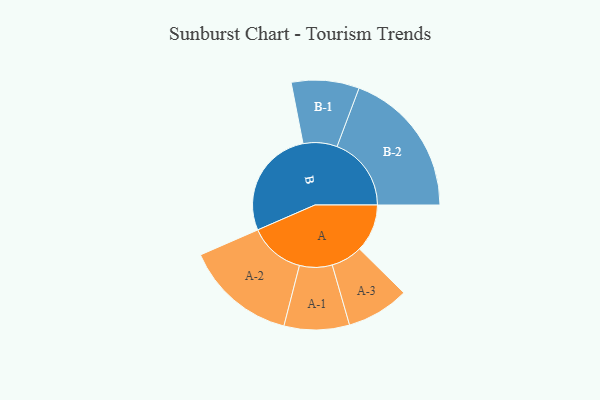
{"axis": {"x": "Segment", "y": "Value"}, "legend": ["", "A", "B"], "data": [{"x": "A", "y": 186, "type": ""}, {"x": "B", "y": 427, "type": ""}, {"x": "A-1", "y": 127, "type": "A"}, {"x": "A-2", "y": 217, "type": "A"}, {"x": "A-3", "y": 122, "type": "A"}, {"x": "B-1", "y": 132, "type": "B"}, {"x": "B-2", "y": 289, "type": "B"}]}